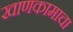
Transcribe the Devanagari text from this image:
खाणकामाचा